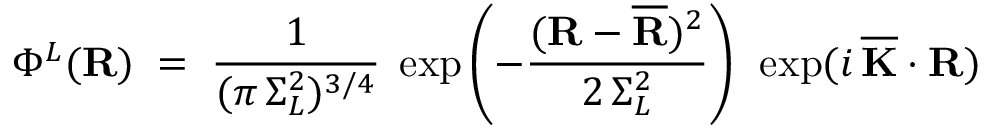
\Phi ^ { L } ( { \bf R } ) \; = \; \frac { 1 } { ( \pi \, \Sigma _ { L } ^ { 2 } ) ^ { 3 / 4 } } \; \exp \left( - \frac { ( { \bf R } - { \bf \overline { { { R } } } } ) ^ { 2 } } { 2 \, \Sigma _ { L } ^ { 2 } } \right) \; \, \exp ( i \, { \bf \overline { { { K } } } } \cdot { \bf R } )